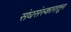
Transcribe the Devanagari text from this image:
संघसंस्कारातून